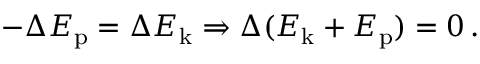
- \Delta E _ { \mathrm { p } } = \Delta E _ { \mathrm { k } } \Rightarrow \Delta ( E _ { \mathrm { k } } + E _ { \mathrm { p } } ) = 0 \, .